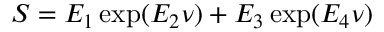
S = E _ { 1 } \exp ( E _ { 2 } \nu ) + E _ { 3 } \exp ( E _ { 4 } \nu )